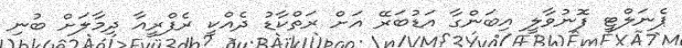
ޕެނަލްޓީ ފޮނުވާލީ އިބަންގާ އަޑުބަރޭ އަށް ރަތްކާޑު ދެއްކީ ރެފްރީއާ ދިމާލަށް ބުނި